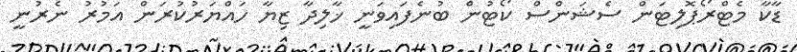
ޑާކާ މެޓްރޯޕޮލިޓަން ސެޝަންސް ކޯޓުން ބުނެފައިވަނީ ޚާލިދާ ޒިޔާ ހައްޔަރުކުރަން އަމުރު ނެރުނީ